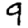
Digit: 9